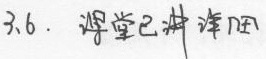
3.6. 课堂已讲 详阅